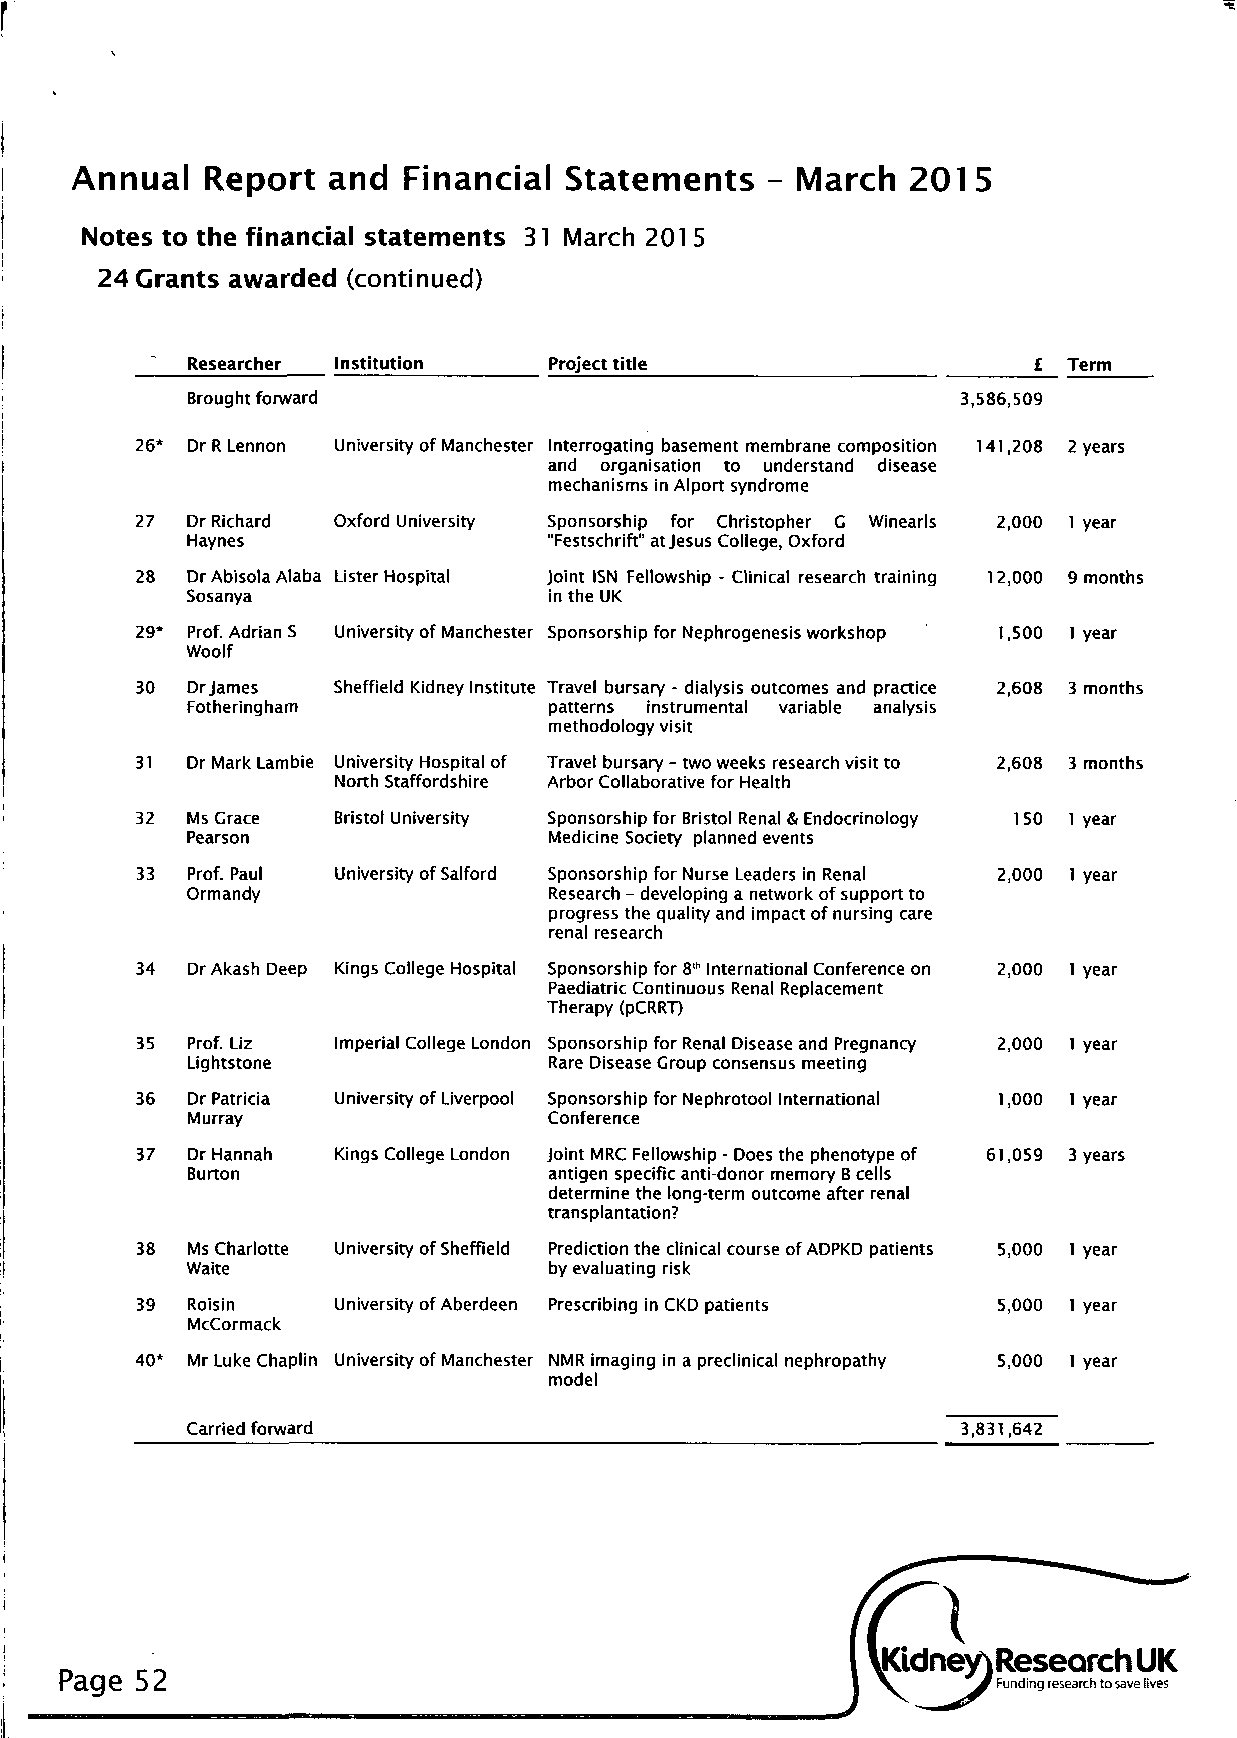
Annual  Report   and  Financial Statements   - March   2015
 Notes to the financial statements 31 March 201 5
 24 Grants awarded (continued)
 Researcher Institution  Project title                   £  Term
 Brought forward                                     3,586,509
 26* Dr R Lennon University of Manchester Interrogating basement membrane composition 141,208 2 years
 and organisation to understand disease
 mechanisms in Alport syndrome
 27 Dr Richard Oxford University Sponsorship for Christopher G Winearls 2,000 1 year
 Haynes                  "Festschrift" at Jesus College, Oxford
 28 Dr Abisola Alaba Lister Hospital Joint ISN Fellowship - Clinical research training 12,000 9 months
 Sosanya                 in the UK
 29* Prof. Adrian S University of Manchester Sponsorship for Nephrogenesis workshop 1,500 1 year
 Woolf
 30 Drjames   Sheffield Kidney Institute Travel bursary - dialysis outcomes and practice 2,608 3 months
 Fotheringham            patterns instrumental variable analysis
 methodology visit
 31 Dr Mark Lambie University Hospital of Travel bursary - two weeks research visit to 2,608 3 months
 North Staffordshire Arbor Collaborative for Health
 32 Ms Grace  Bristol University Sponsorship for Bristol Renal & Endocrinology 150 1 year
 Pearson                 Medicine Society planned events
 33 Prof. Paul University of Salford Sponsorship for Nurse Leaders in Renal 2,000 1 year
 Ormandy                 Research - developing a network of support to
 progress the quality and impact of nursing care
 renal research
 34 DrAkashDeep Kings College Hospital Sponsorship for 8th International Conference on 2,000 1 year
 Paediatric Continuous Renal Replacement
 Therapy (pCRRT)
 35 Prof. Liz Imperial College London Sponsorship for Renal Disease and Pregnancy 2,000 1 year
 Lightstone              Rare Disease Group consensus meeting
 36 Dr Patricia University of Liverpool Sponsorship for Nephrotool International 1,000 1 year
 Murray                  Conference
 37 Dr Hannah Kings College London Joint MRC Fellowship - Does the phenotype of 61,059 3 years
 Burton                  antigen specific anti-donor memory B cells
 determine the long-term outcome after renal
 transplantation?
 38 Ms Charlotte University of Sheffield Prediction the clinical course of ADPKD patients 5,000 1 year
 Waite                   by evaluating risk
 39 Roisin    University of Aberdeen Prescribing in CKD patients 5,000 1 year
 McCormack
 40* Mr Luke Chaplin University of Manchester NMR imaging in a preclinical nephropathy 5,000 1 year
 model
 Carried forward                                     3,831,642